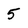
Character: 5